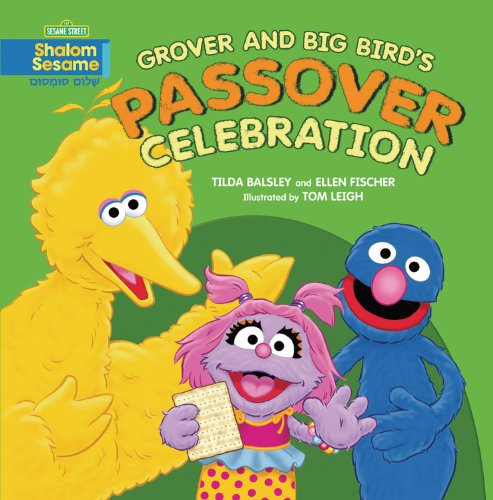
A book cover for Grover and Big Bird's Passover Celebration (Shalom Sesame); Tilda Balsley; Children's Books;